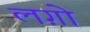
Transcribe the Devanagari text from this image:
लग़ो